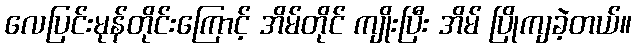
လေပြင်းမုန်တိုင်းကြောင့် အိမ်တိုင် ကျိုးပြီး အိမ် ပြိုကျခဲ့တယ်။